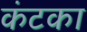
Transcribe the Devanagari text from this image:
कंटका